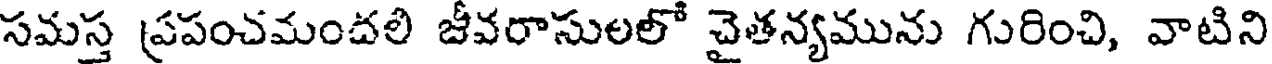
సమస్త ప్రపంచమంచలి జీవరాసులలో చైతన్యమును గురించి, వాటిని